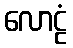
လောဠံ